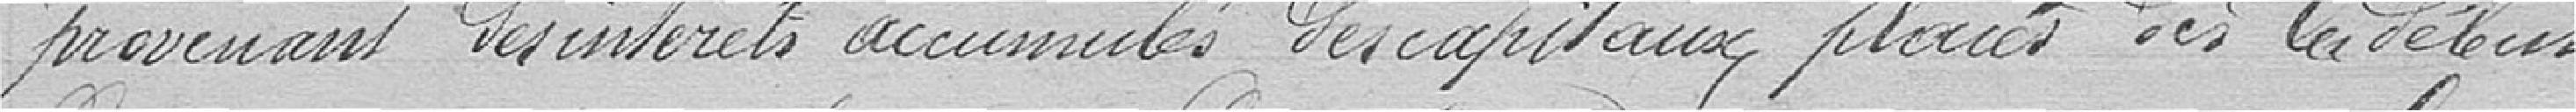
provenant des intérêts accumulés des capitaux placés dès le début